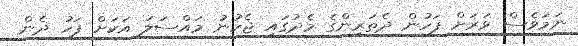
ނަމަވެސް ވަރަށް ފަހުން ދެތަރިންގެ މެދުގައި ޖެހުނު މައްސަލަ އަކަށް ފަހު ދެން